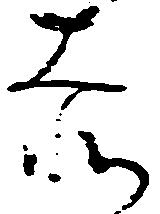
赤